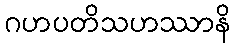
ဂဟပတိသဟဿာနိ